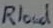
Text: Rload